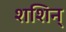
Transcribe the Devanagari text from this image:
शशिन्‌